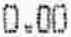
0.00